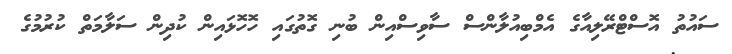
ސައުތު އޮސްޓްރޭލިއާގެ އެމްބިއުލާންސް ސާވިސްއިން ބުނި ގޮތުގައި ހޮހޮޅައިން ކުދިން ސަލާމަތް ކުރުމުގެ